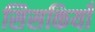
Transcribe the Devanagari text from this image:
सिसकियाँ